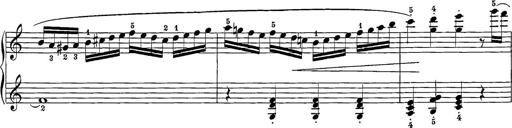
Title: 12 Sonatine per Pianoforte
Composer: Friedrich Kuhlau